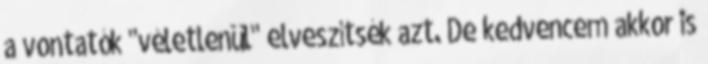
a vontatók "véletlenül" elveszítsék azt. De kedvencem akkor is